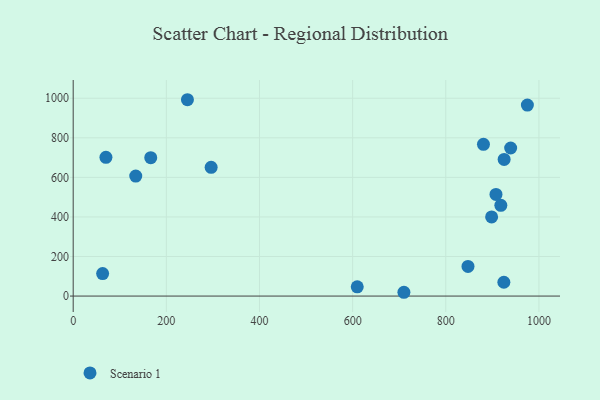
{"axis": {"x": "Investment", "y": "Salary"}, "legend": ["Scenario 1"], "data": [{"x": "166.5", "y": 699.4, "type": "Scenario 1"}, {"x": "63.2", "y": 113.7, "type": "Scenario 1"}, {"x": "918.2", "y": 458.9, "type": "Scenario 1"}, {"x": "925.3", "y": 690.8, "type": "Scenario 1"}, {"x": "710.1", "y": 19.2, "type": "Scenario 1"}, {"x": "907.8", "y": 514.0, "type": "Scenario 1"}, {"x": "245.3", "y": 992.5, "type": "Scenario 1"}, {"x": "924.7", "y": 69.8, "type": "Scenario 1"}, {"x": "70.3", "y": 701.4, "type": "Scenario 1"}, {"x": "880.9", "y": 766.9, "type": "Scenario 1"}, {"x": "939.3", "y": 748.4, "type": "Scenario 1"}, {"x": "975.2", "y": 965.5, "type": "Scenario 1"}, {"x": "609.9", "y": 46.6, "type": "Scenario 1"}, {"x": "134.3", "y": 606.4, "type": "Scenario 1"}, {"x": "898.4", "y": 400.2, "type": "Scenario 1"}, {"x": "296.2", "y": 650.6, "type": "Scenario 1"}, {"x": "847.7", "y": 150.1, "type": "Scenario 1"}]}